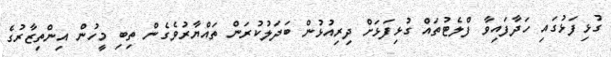
ގުޅިފަޅުގައި ހަދާފައިވާ ފްލެޓުތައް ގުޅިފަޅަށް ދިރިއުޅުން ބަދަލުކުރަން ތައްޔާރުވެގެން ތިބި މީހުން އިންތިޒާރުގެ